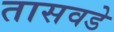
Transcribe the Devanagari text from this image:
तासवडे